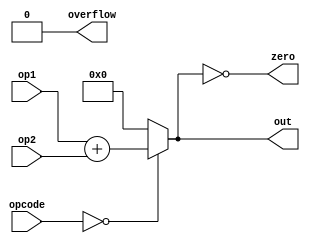
`timescale 1ns / 1ps

module alu (
	input  wire [31:0] op1,
	input  wire [31:0] op2,
	input  wire [ 5:0] opcode,
	output wire [31:0] out,
	output wire overflow,
	output wire zero
);
    // assuem opcode == 0
	assign out = (opcode == 0) ? (op1 + op2) : 0;
	assign overflow = 0;
	assign zero = (out == 0);

endmodule